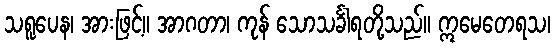
သရူပေန၊ အားဖြင့်။ အာဂတာ၊ ကုန် သောသင်္ခါရတို့သည်။ ဣမေတေရသ၊